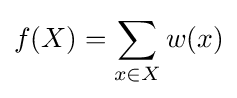
f(X)=\sum _{x\in X}w(x)